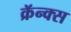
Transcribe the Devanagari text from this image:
क्रॅन्क्स